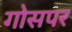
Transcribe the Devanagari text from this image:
गोसपर